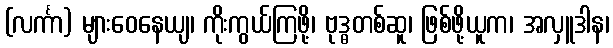
(လင်္ကာ) များဝေနေယျ၊ ကိုးကွယ်ကြဖို့၊ ဗုဒ္ဓတစ်ဆူ၊ ဖြစ်ဖို့ယူက၊ အလှူဒါန၊